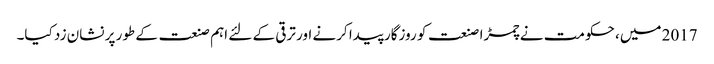
2017 میں، حکومت نے چمڑا صنعت کو روزگار پیدا کرنے اور ترقی کے لئے اہم صنعت کے طور پر نشان زد کیا۔